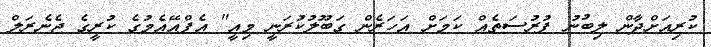
ކުރިއަށްދާން ލިބުނު ފުރުސަތެއް ކަމަށް އަހަރެން ގަބޫލުކުރަނީ މިއީ" އެފްއޭއެމުގެ ކުރީގެ ޖެނެރަލް